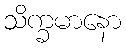
သိက္ခမာနော